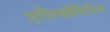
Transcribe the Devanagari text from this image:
एपिग्लोटिटिस